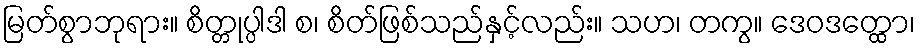
မြတ်စွာဘုရား။ စိတ္တုပ္ပါဒါ စ၊ စိတ်ဖြစ်သည်နှင့်လည်း။ သဟ၊ တကွ။ ဒေဝဒတ္ထော၊